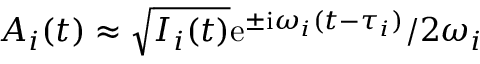
A _ { i } ( t ) \approx \sqrt { I _ { i } ( t ) } \mathrm e ^ { \pm \mathrm i \omega _ { i } ( t - \tau _ { i } ) } / 2 \omega _ { i }